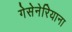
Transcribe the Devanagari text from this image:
गेसेनेरियाना